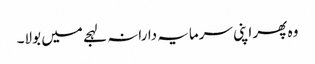
وہ پھر اپنی سرمایہ دارانہ لہجے میں بولا۔